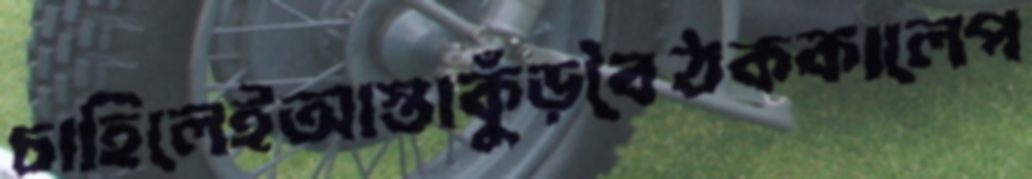
চাহিলেইআস্তাকুঁড়বৈঠককালেপ